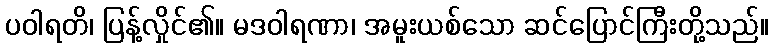
ပဝါရတိ၊ ပြန့်လှိုင်၏။ မဒဝါရဏာ၊ အမူးယစ်သော ဆင်ပြောင်ကြီးတို့သည်။